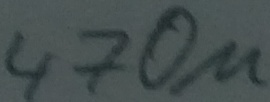
Text: 470µ